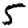
Digit: 5